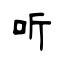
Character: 听